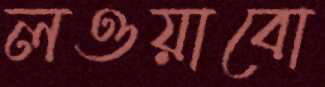
লওয়াবো